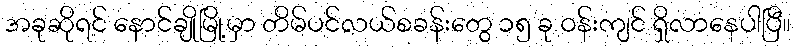
အခုဆိုရင် နောင်ချိုမြို့မှာ တိမ်ပင်လယ်စခန်းတွေ ၁၅ ခု ဝန်းကျင် ရှိလာနေပါပြီ။